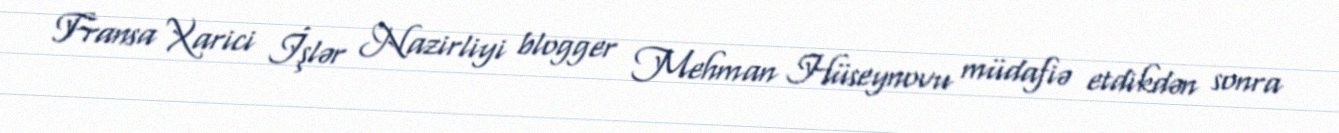
Fransa Xarici İşlər Nazirliyi blogger Mehman Hüseynovu müdafiə etdikdən sonra